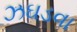
ઝઘડવા